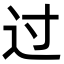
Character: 过